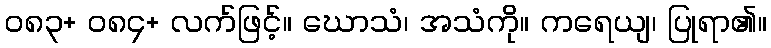
၀၈၃+ ၀၈၄+ လက်ဖြင့်။ ဃောသံ၊ အသံကို။ ကရေယျ၊ ပြုရာ၏။